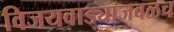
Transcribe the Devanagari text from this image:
विजयवाड्याजवळच